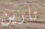
تارين